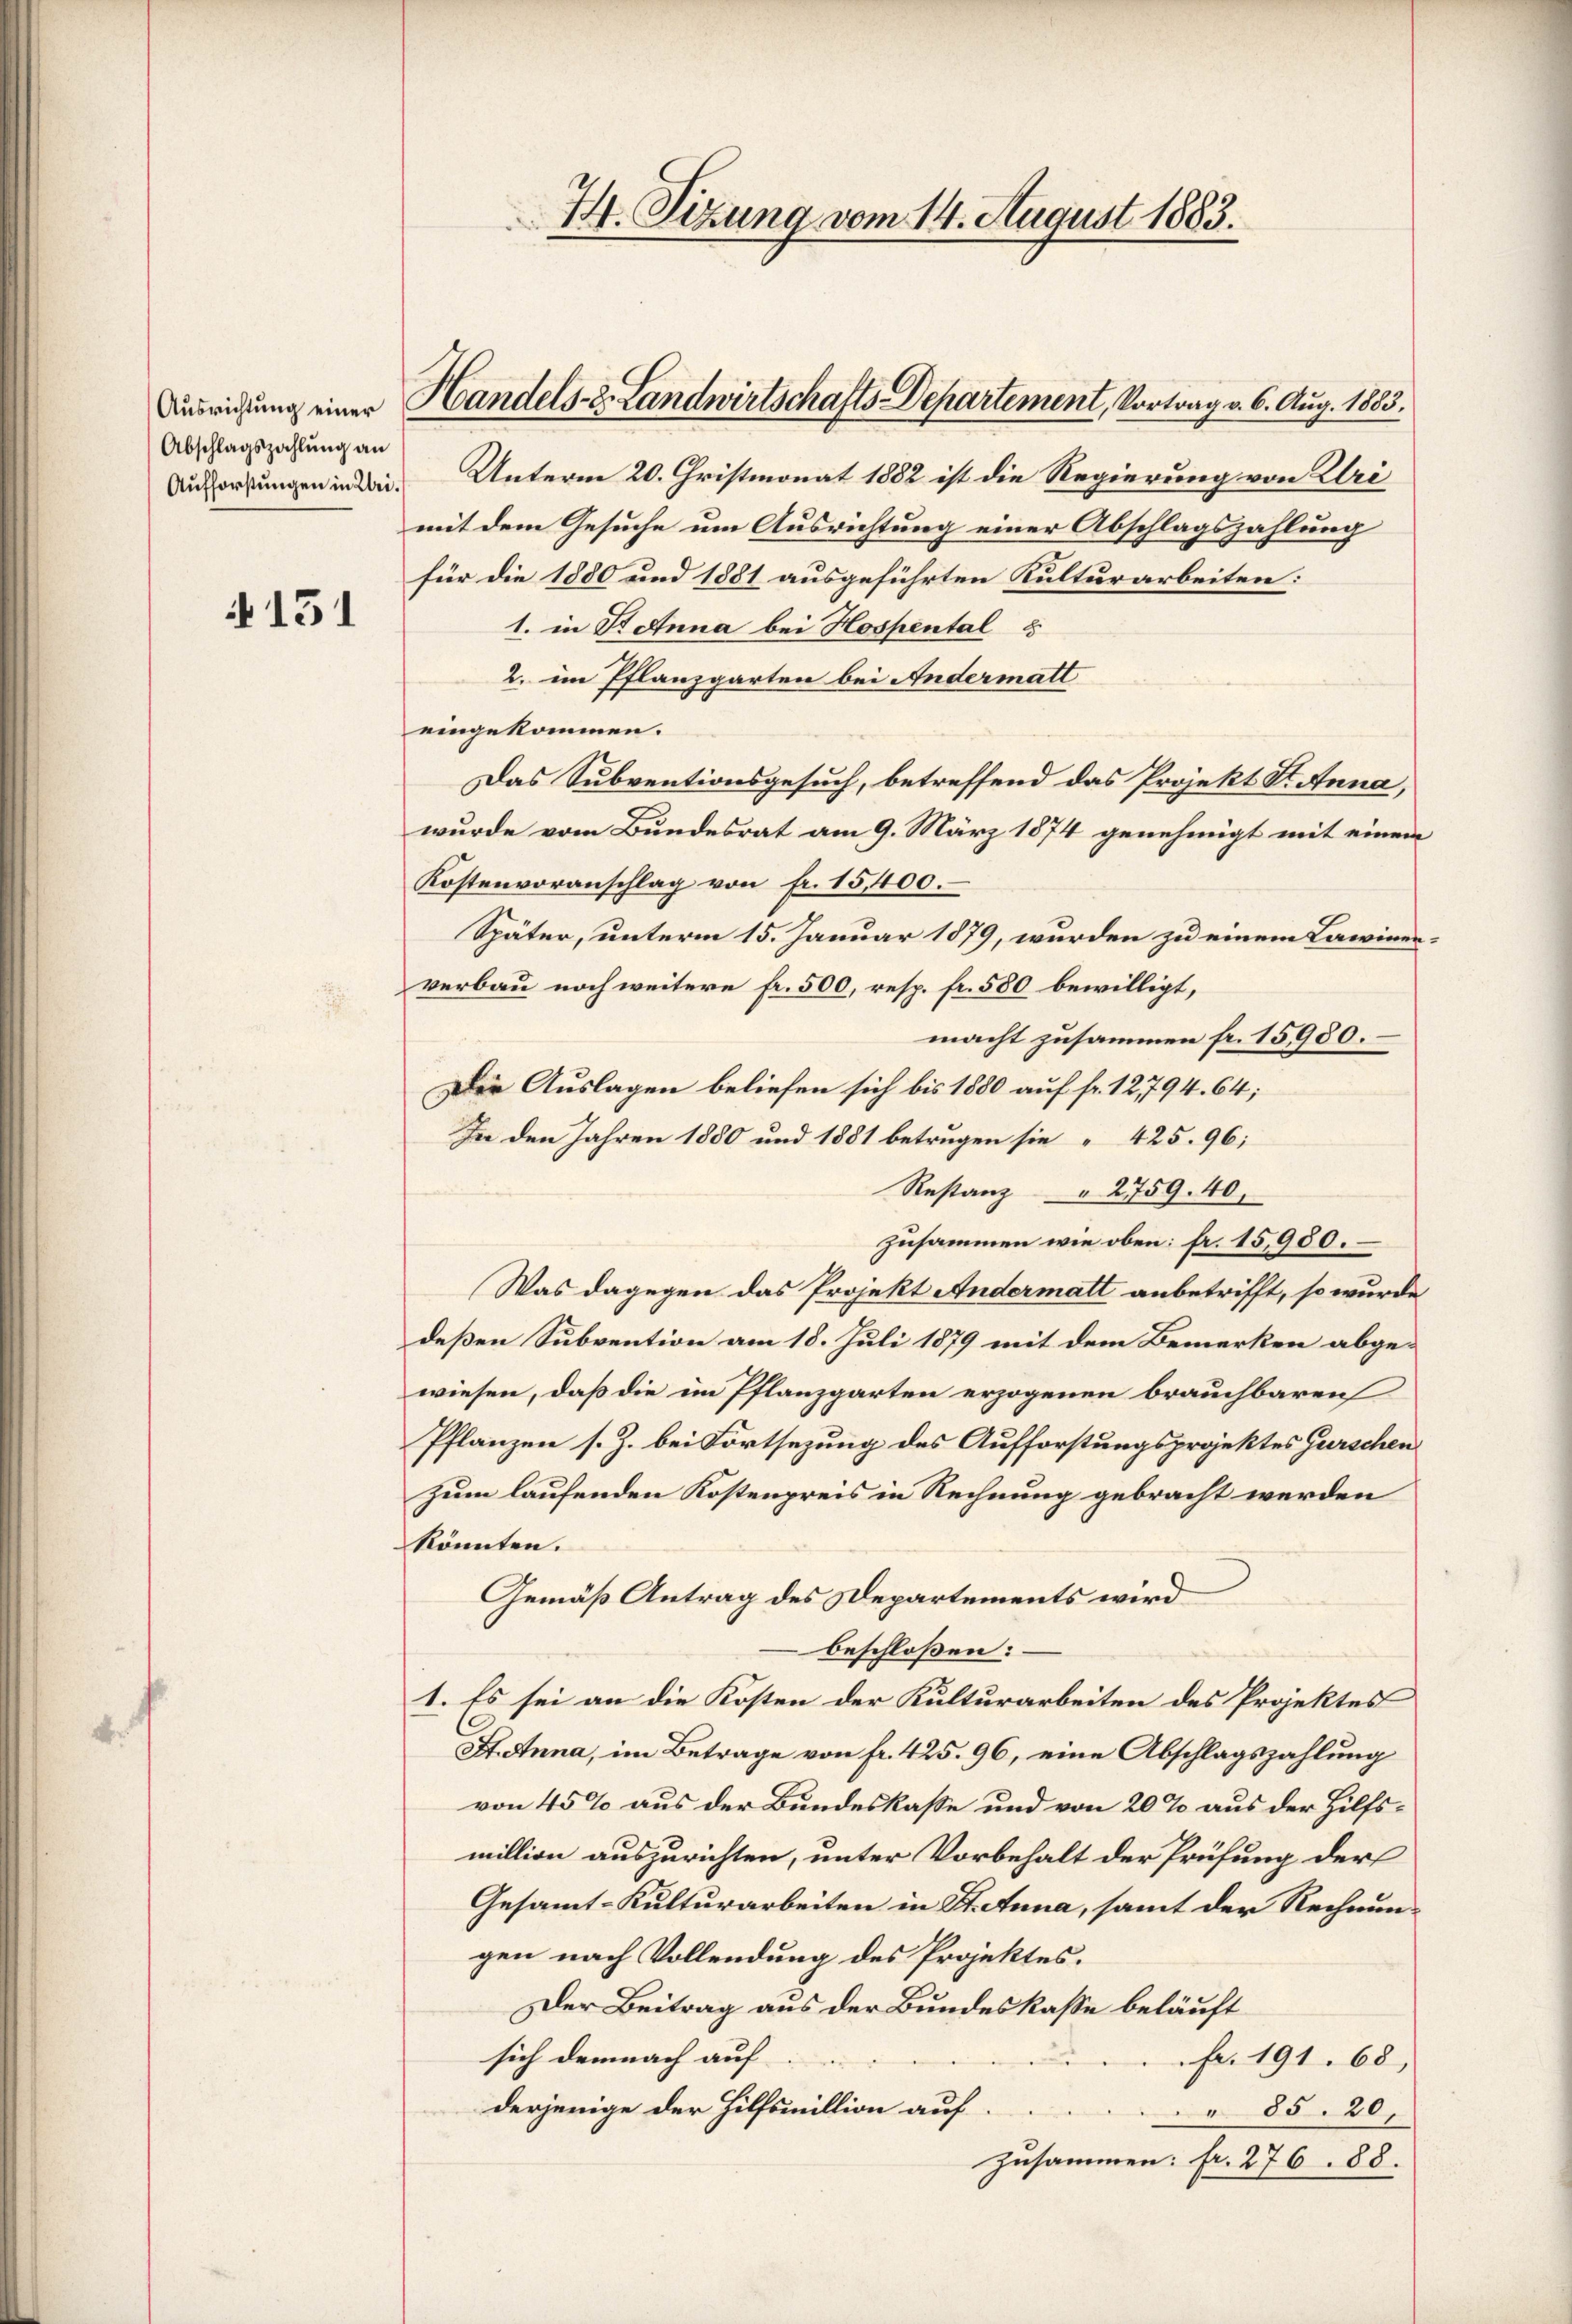
Abschlagszahlung an

151

4. Tizung vom 14. August 1883.

Ausorgungen in der Unterm 20. Christmonat 1882 ist die Regierung von Uri
mit dem Gesuche um Ausrichtung einer Abschlagszahlung
für die 1880 und 1881 ausgeführten Kulturarbeiten:
1. in Sonna bei Hospental u
2. im Pflanzgarten bei Andermatt
eingekommen.
Das Subventionsgesuch, betreffend das Projekt St. Anna,
wurde vom Bundesrat am 9. März 1874 genehmigt mit einem
Kostenvoranschlag von fr. 15,400.
Später, unterm 15. Januar 1879, wurden zu einem Lawinenverbau noch weitere fr. 500, resp. fr. 580 bewilligt,
macht zusammen fr. 15980.
Der Auslagen beliefen sich bis 1880 auf fr. 12794. 64;
In den Jahren 1880 und 1881 betrugen sie 425. 96;
Restanz " 2759. 40.
zusammen wie oben: fr. 15,950.
Was dagegen das Projekt Andermatt anbetrifft, so wurde
deßen Subvention am 18. Juli 1879 mit dem Bemerken abgewiesen, daß die im Pflanzgarten erzogenen brauchbaren
Pflanzen s. Z. bei Fortsezung des Aufforstungsprojektes Gurschen
zum laufenden Kostenpreis in Rechnung gebracht werden
könnten.
Gemäß Antrag des Departements wird
beschloßen:
I. Es sei an die Kosten der Kulturarbeiten des Projektes
St. Anna, im Betrage von fr. 425. 96, eine Abschlagszahlung
von 45% aus der Bundeskasse und von 20% aus der Hilfsmillion auszurichten, unter Vorbehalt der Prüfung der
Gesammt-Kulturarbeiten in St. Anna, samt der Rechnungen nach Vollendung des Projektes.
Der Beitrag aus der Bundeskasse beläuft
sich demnach auf
Fr. 191. 68,
derjenige der Hilfsmillion auf.
85. 20.
zusammen: fr. 276. 88.

Ausrichtung einer Handels- & Landwirtschafts-Departement, Vortrag v. 6. Aug. 1885.